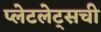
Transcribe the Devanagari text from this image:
प्लेटलेट्‌सची